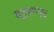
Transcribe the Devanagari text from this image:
स्ट्याण्ड